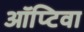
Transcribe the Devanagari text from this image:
ऑप्टिवा